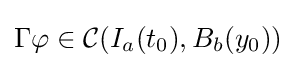
\Gamma \varphi \in {\mathcal {C}}(I_{a}(t_{0}),B_{b}(y_{0}))